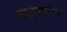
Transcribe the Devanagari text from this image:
द्यनुसारेण